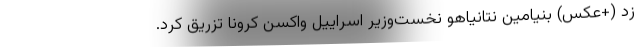
زد (+عکس) بنیامین نتانیاهو نخست‌وزیر اسراییل واکسن کرونا تزریق کرد.